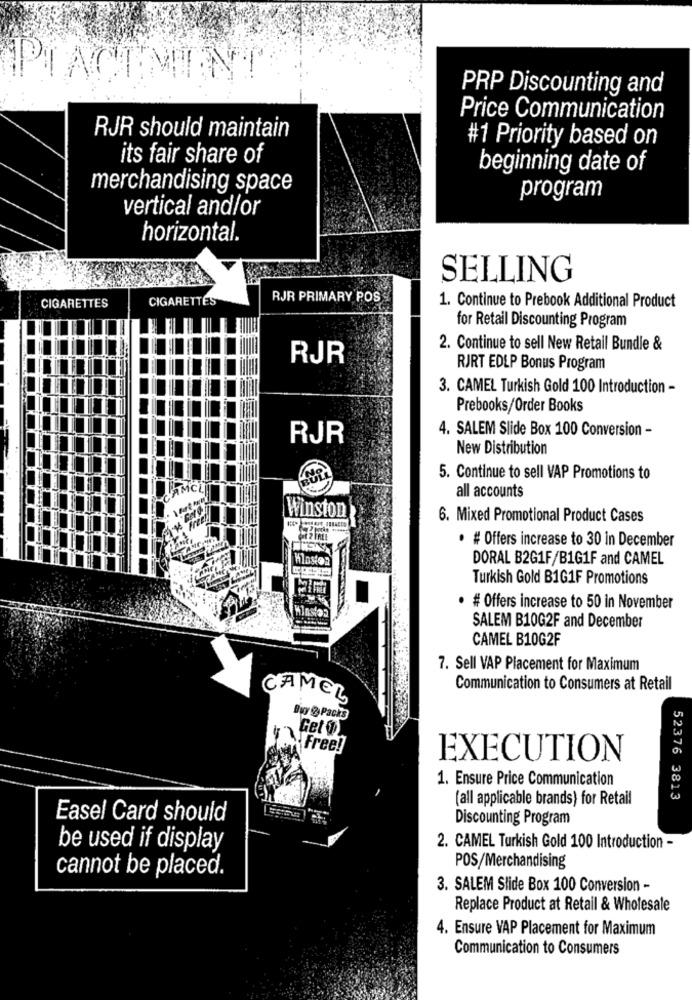
PIACE
PRP Discounting and
Price Communication
RJR should maintain
#1 Priority based on
its fair share of
beginning date of
merchandising space
program
vertical and/or
horizontal.
SELLING
CIGARETTES
RJR PRIMARY POS
1. Continue to Prebook Additional Product
CIGARETTES
for Retail Discounting Program
2. Continue to sell New Retail Bundle &
RJR
RJRT EDLP Bonus Program
3. CAMEL Turkish Gold 100 Introduction -
Prebooks/Order Books
4. SALEM Slide Box 100 Conversion -
RJR
New Distribution
5. Continue to sell VAP Promotions to
CEMCL
all accounts
Winston
6. Mixed Promotional Product Cases
· # Offers increase to 30 in December
Hlaston
DORAL B2G1F/B1G1F and CAMEL
Turkish Gold B1G1F Promotions
· # Offers increase to 50 in November
SALEM B10G2F and December
CAMEL B10G2F
7. Sell VAP Placement for Maximum
Communication to Consumers at Retail
CAMEL
Buy & Packs
Get O
Free!
EXECUTION
1. Ensure Price Communication
(all applicable brands) for Retail
52376 3813
Easel Card should
Discounting Program
be used if display
2. CAMEL Turkish Gold 100 Introduction -
POS/Merchandising
cannot be placed.
3. SALEM Slide Box 100 Conversion -
Replace Product at Retail & Wholesale
4. Ensure VAP Placement for Maximum
Communication to Consumers